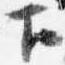
下